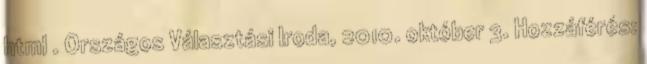
html . Országos Választási Iroda, 2010. október 3. Hozzáférés: